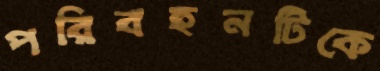
পরিবহনটিকে